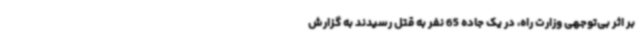
بر اثر بی‌توجهی وزارت راه، در یک جاده 65 نفر به قتل رسیدند به گزارش